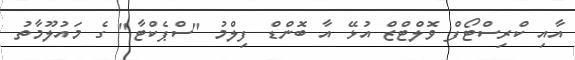
އާއި ކްރިސްޓޯފް ވޮލްޓްޒް އުޅޭ އާ ބޮންޑް ފިލްމު "ސްޕެކްޓާ" ގެ މައުލޫމާތު